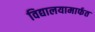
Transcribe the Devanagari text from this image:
विद्यालयामार्फत